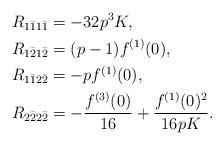
LaTeX: \begin{align*}&R_{1 \bar{1}1 \bar{1}}=-32p^3K,\\&R_{1 \bar{2}1\bar{2}}=(p-1)f^{(1)}(0),\\&R_{1 \bar{1} 2 \bar{2}}=-pf^{(1)}(0),\\&R_{2 \bar{2}2 \bar{2}}=-\frac{f^{(3)}(0)}{16}+\frac{f^{(1)}(0)^2}{16pK}.\end{align*}